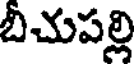
బీచుపల్లి